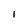
Character: 1